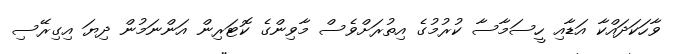
ވާހަކަދައްކާ އަޑާއި ހީސަމާސާ ކުރުމުގެ އިތުރަށްވެސް މާވިންގެ ކޮޓަރިން އަންނަމުން ދިޔަ އިގިރޭސި